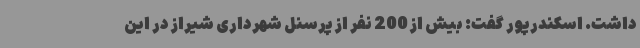
داشت. اسکندرپور گفت: بیش از 200 نفر از پرسنل شهرداری شیراز در این